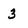
Character: 3